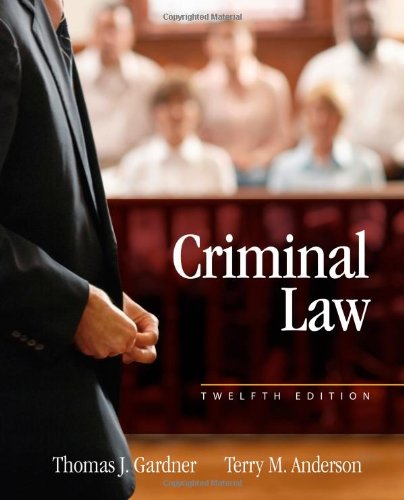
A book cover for Criminal Law; Thomas J. Gardner; Education & Teaching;